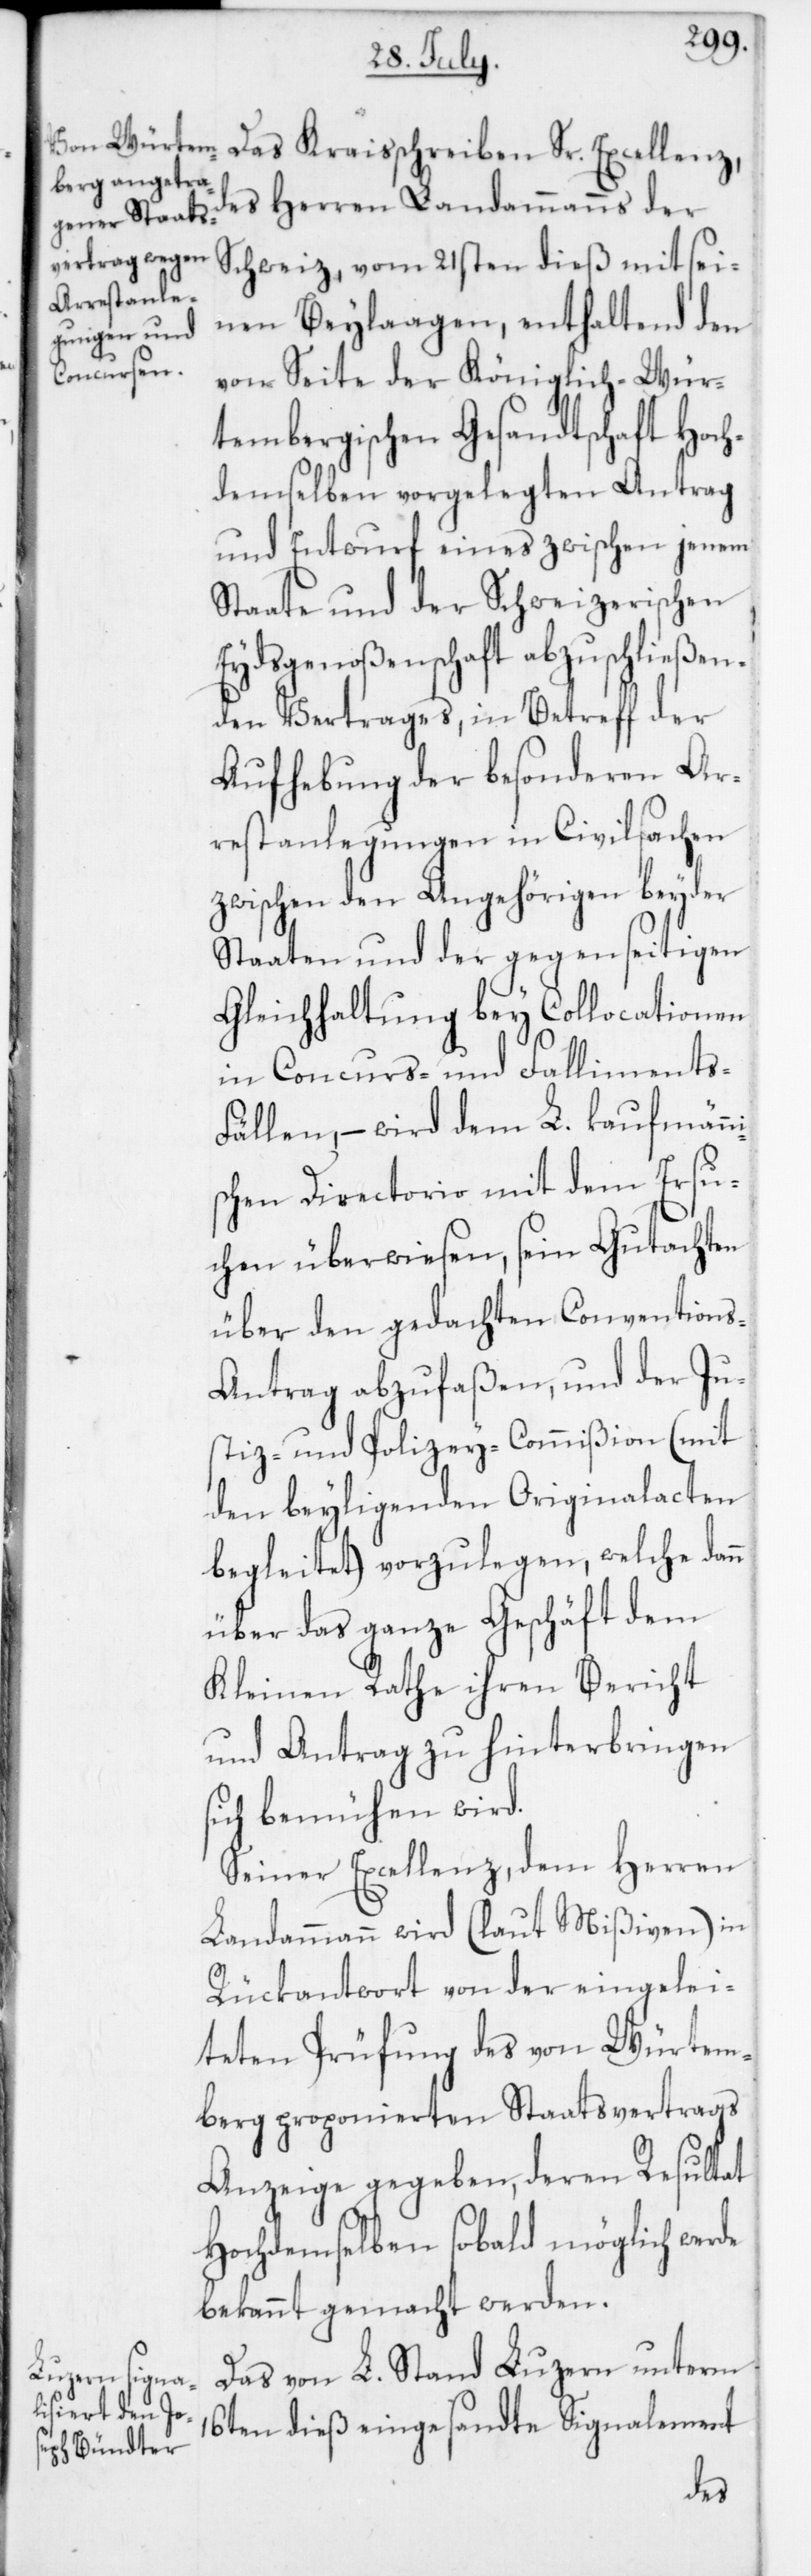
des Herren Landammanns der
Schweiz vom 21sten dieß mit sei¬
nen Beylaagen, enthaltend den
von Seite der Königlich-Wür¬
tembergischen Gesandtschaft Hoch¬
demselben vorgelegten Antrag
und Entwurf eines zwischen jenem
Staate und der Schweizerischen
Eydsgenoßenschaft abzuschließen¬
den Vertrages, in Betreff der
Aufhebung der besonderen Ar¬
restanlegungen in Civilsachen
zwischen den Angehörigen beyder
Staaten und der gegenseitigen
Gleichhaltung bey Collocationen
in Concurs- und Falliments-F¬
ällen, – wird dem L. kaufmänni¬
schen Directorio mit dem Ersu¬
chen überwiesen, sein Gutachten
über den gedachten Convention¬
s-Antrag abzufaßen, und der Ju¬
stiz- und Polizey-Commißion (mit
den beyliegenden Originalacten
begleitet) vorzulegen, welche dann
über das ganze Geschäft dem
Kleinen Rathe ihren Bericht
und Antrag zu hinterbringen
sich bemühen wird.
Seiner Excellenz dem Herren
Landammann wird (laut Mißiven) in
Rückantwort von der eingelei¬
teten Prüfung des von Würtem¬
berg proponierten Staatsvertrags
Anzeige gegeben, deren Resultat
Hochdemselben sobald möglich werde
bekannt gemacht werden.
Das von L. Stand Luzern unterm
16ten dieß eingesandte Signalement